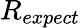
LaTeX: R_{expect}